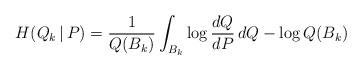
LaTeX: \begin{align*}H(Q_k\,|\,P) = \frac{1}{Q(B_k)}\int_{B_k} \log\frac{dQ}{dP}\,dQ - \log Q(B_k)\end{align*}